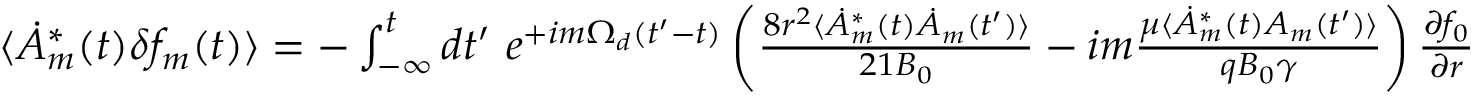
\begin{array} { r } { \langle \dot { A } _ { m } ^ { * } ( t ) \delta f _ { m } ( t ) \rangle = - \int _ { - \infty } ^ { t } d t ^ { \prime } \ e ^ { + i m \Omega _ { d } ( t ^ { \prime } - t ) } \left( \frac { 8 r ^ { 2 } \langle \dot { A } _ { m } ^ { * } ( t ) \dot { A } _ { m } ( t ^ { \prime } ) \rangle } { 2 1 B _ { 0 } } - i m \frac { \mu \langle \dot { A } _ { m } ^ { * } ( t ) A _ { m } ( t ^ { \prime } ) \rangle } { q B _ { 0 } \gamma } \right) \frac { \partial f _ { 0 } } { \partial r } . } \end{array}